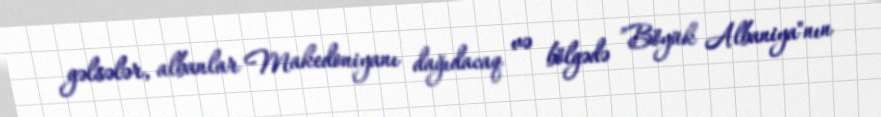
gəlsələr, albanlar Makedoniyanı dağıdacaq və bölgədə ”Böyük Albaniya"nın